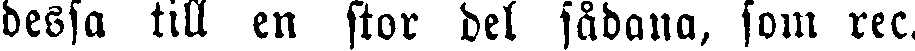
dessa till en stor del sådana, som rec.